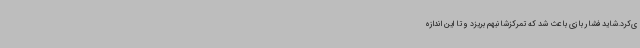
ی‌کرد.شاید فشار بازی باعث شد که تمرکزشانبهم بریزد و تا این اندازه